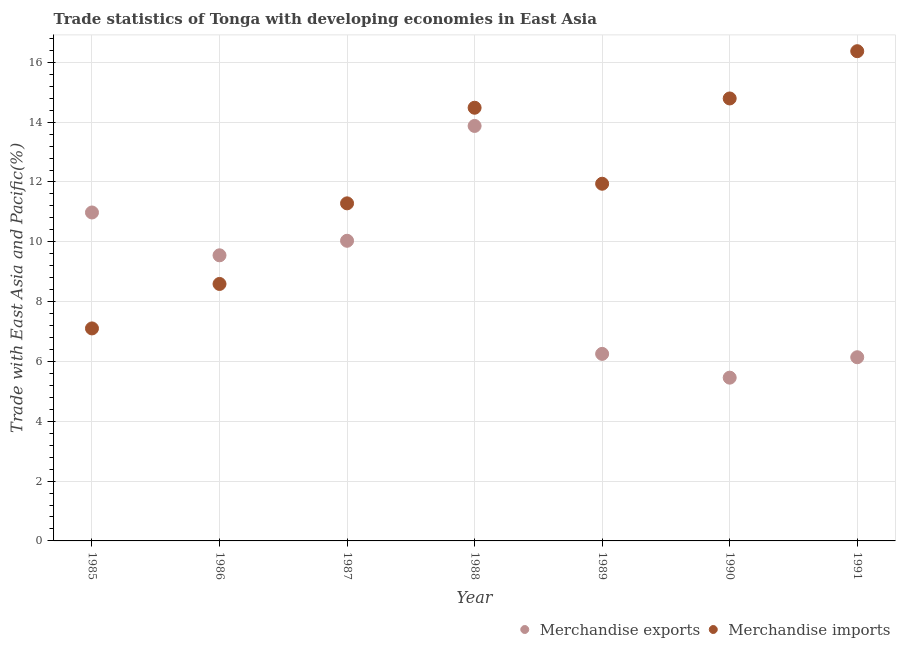
| Year | Merchandise exports | Merchandise imports |
 | --- | --- | --- |
 | 1985 | 11 | 7.1 |
 | 1986 | 9.55 | 8.59 |
 | 1987 | 10 | 11.3 |
 | 1988 | 13.9 | 14.5 |
 | 1989 | 6.25 | 11.9 |
 | 1990 | 5.46 | 14.8 |
 | 1991 | 6.14 | 16.4 |